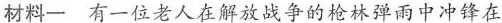
材料一 有一位老人在解放战争的枪林弹雨中冲锋在